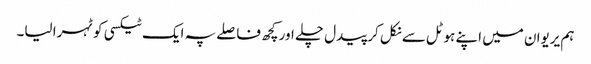
ہم یریوان میں اپنے ہوٹل سے نکل کر پیدل چلے اور کچھ فاصلے پہ ایک ٹیکسی کو ٹہرا لیا۔